Report on vaccination in the Province of Bengal - 1869-1873
Year: 1869
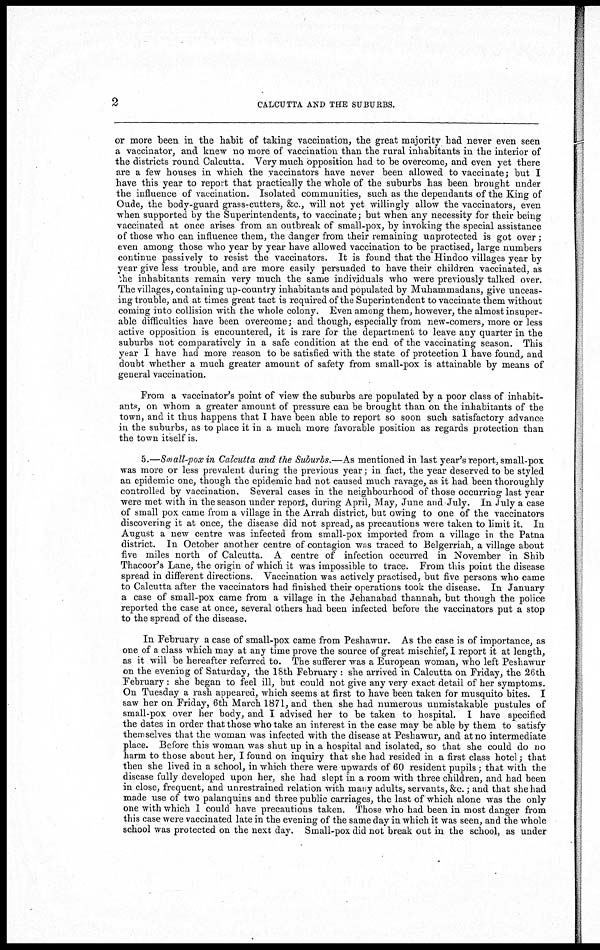
2
CALCUTTA AND THE SUBURBS.
or more been in the habit of taking vaccination, the great majority had never even seen
a vaccinator, and knew no more of vaccination than the rural inhabitants in the interior of
the districts round Calcutta. Very much opposition had to be overcome, and even yet there
are a few houses in which the vaccinators have never been allowed to vaccinate; but I
have this year to report that practically the whole of the suburbs has been brought under
the influence of vaccination. Isolated communities, such as the dependants of the King of
Oude, the body-guard grass-cutters, &c., will not yet willingly allow the vaccinators, even
when supported by the Superintendents, to vaccinate; but when any necessity for their being
vaccinated at once arises from an outbreak of small-pox, by invoking the special assistance
of those who can influence them, the danger from their remaining unprotected is got over ;
even among those who year by year have allowed vaccination to be practised, large numbers
continue passively to resist the vaccinators. It is found that the Hindoo villages year by
year give less trouble, and are more easily persuaded to have their children vaccinated, as
she inhabitants remain very much the same individuals who were previously talked over.
The villages, containing up-country inhabitants and populated by Muhammadans, give unceas-
ing trouble, and at times great tact is required of the Superintendent to vaccinate them without
coming into collision with the whole colony. Even among them, however, the almost insuper-
able difficulties have been overcome; and though, especially from new-comers, more or less
active opposition is encountered, it is rare for the department to leave any quarter in the
suburbs not comparatively in a safe condition at the end of the vaccinating season. This
year I have had more reason to be satisfied with the state of protection I have found., and
doubt whether a much greater amount of safety from small-pox is attainable by means of
general vaccination.
From a vaccinator's point of view the suburbs are populated by a poor class of inhabit-
ants, on whom a greater amount of pressure can be brought than on the inhabitants of the
town, and it thus happens that I have been able to report so soon such satisfactory advance
in the suburbs, as to place it in a much more favorable position as regards protection than
the town itself is.
5.—Small-pox in Calcutta and the Suburbs.—As mentioned in last year's report, small-pox
was more or less prevalent during the previous year; in fact, the year deserved to be styled
an epidemic one, though the epidemic had not caused much ravage, as it had been thoroughly
controlled by vaccination. Several cases in the neighbourhood of those occurring last year
were met with in the season under report, during April, May, June and July. In July a case
of small pox came from a village in the Arrah district, but owing to one of the vaccinators
discovering it at once, the disease did not spread, as precautions were taken to limit it. In
August a new centre was infected from small-pox imported from a village in the Patna
district. In October another centre of contagion was traced to Belgerriah, a village about
five miles north of Calcutta. A centre of infection occurred in November in Shib
Thacoor's Lane, the origin of which it was impossible to trace. From this point the disease
spread in different directions. Vaccination was actively practised, but five persons who came
to Calcutta after the vaccinators had finished their operations took the disease. In January
a case of small-pox came from a village in the Jehanabad thannah, but though the police
reported the case at once, several others had been infected before the vaccinators put a stop
to the spread of the disease.
In February a case of small-pox came from Peshawur. As the case is of importance, as
one of a class which may at any time prove the source of great mischief, I report it at length,
as it will be hereafter referred to. The sufferer was a European woman, who left Peshawur
on the evening of Saturday, the 18th February : she arrived in Calcutta on Friday, the 26th
February: she began to feel ill, but could not give any very exact detail of her symptoms.
On Tuesday a rash appeared, which seems at first to have been taken for musquito bites. I
saw her on Friday, 6th March 1871, and then she had numerous unmistakable pustules of
small-pox over her body, and I advised her to be taken to hospital. I have specified
the dates in order that those who take an interest in the case may be able by them to satisfy
themselves that the woman was infected with the disease at Peshawur, and at no intermediate
place. Before this woman was shut up in a hospital and isolated, so that she could do no
harm to those about her, I found on inquiry that she had resided in a first class hotel; that
then she lived in a school, in which there were upwards of 60 resident pupils; that with the
disease fully developed upon her, she had slept in a room with three children, and had been
in close, frequent, and unrestrained relation with many adults, servants, &c.; and that she had
made use of two palanquins and three public carriages, the last of which alone was the only
one with which I could have precautions taken. Those who had been in most danger from
this case were vaccinated late in the evening of the same day in which it was seen, and the whole
school was protected on the next day. Small-pox did not break out in the school, as under